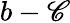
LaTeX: b-\mathscr{C}